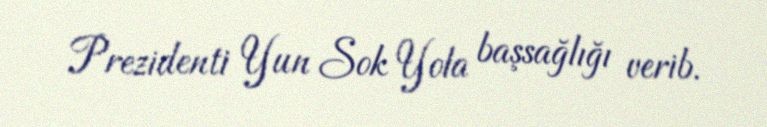
Prezidenti Yun Sok Yola başsağlığı verib.